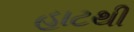
હાટથી